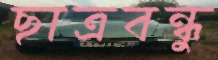
ছাত্রবন্ধু